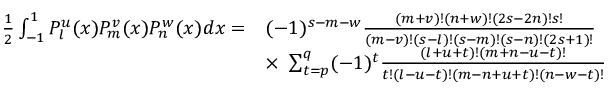
{ \begin{array} { r l } { { \frac { 1 } { 2 } } \int _ { - 1 } ^ { 1 } P _ { l } ^ { u } ( x ) P _ { m } ^ { v } ( x ) P _ { n } ^ { w } ( x ) d x = } & { ( - 1 ) ^ { s - m - w } { \frac { ( m + v ) ! ( n + w ) ! ( 2 s - 2 n ) ! s ! } { ( m - v ) ! ( s - l ) ! ( s - m ) ! ( s - n ) ! ( 2 s + 1 ) ! } } } \\ & { \times \ \sum _ { t = p } ^ { q } ( - 1 ) ^ { t } { \frac { ( l + u + t ) ! ( m + n - u - t ) ! } { t ! ( l - u - t ) ! ( m - n + u + t ) ! ( n - w - t ) ! } } } \end{array} }